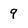
Character: 9